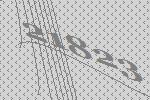
21823